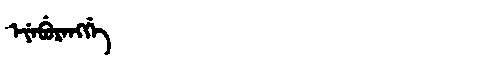
Manchu: ᡝᠶᡝᠪᡠᡵᡝᠩᡤᡝ
Romanization: EYEBURENGGE